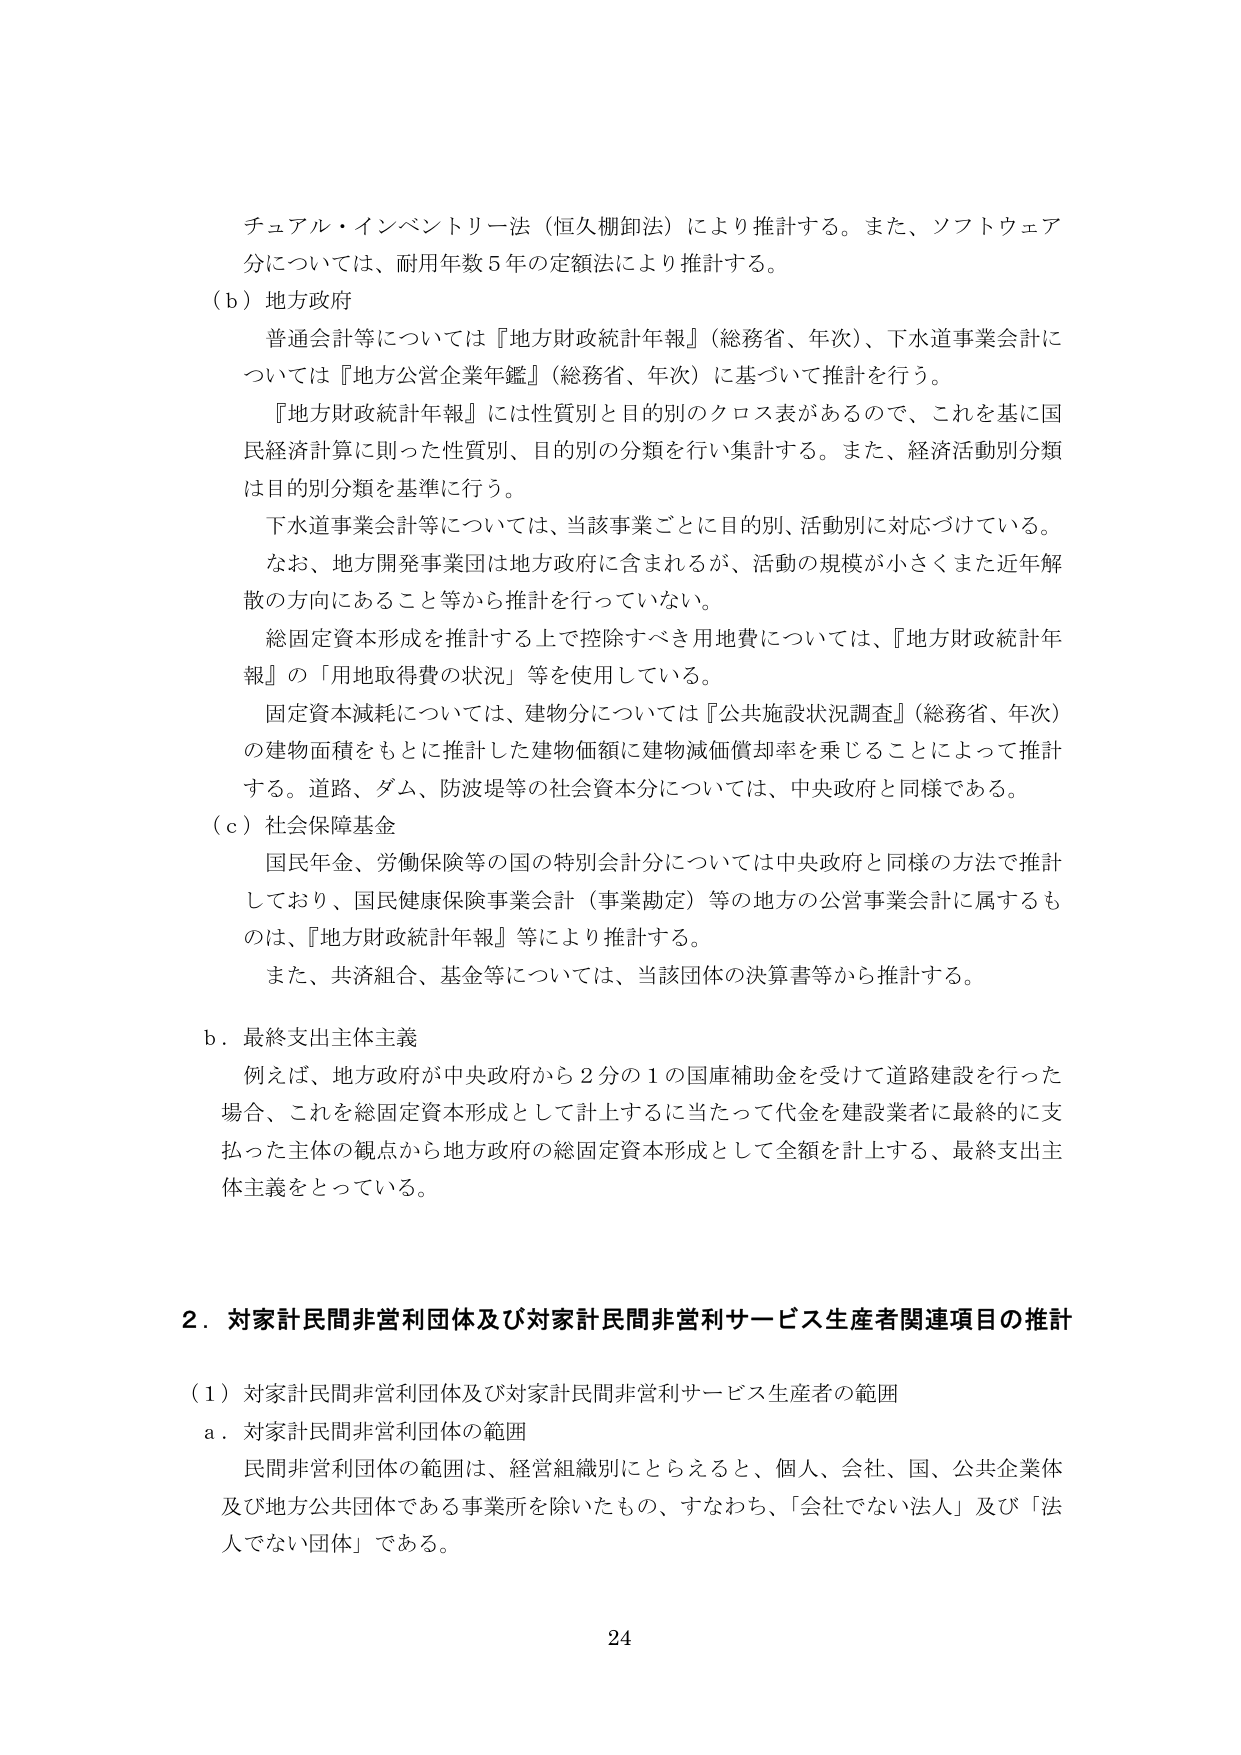
チュアル・インベントリ―法（恒久棚卸法）により推計する。また、ソフトウェア分については、耐用年数５年の定額法により推計する。

（ｂ）地方政府
普通会計等については『地方財政統計年報』（総務省、年次）、下水道事業会計については『地方公営企業年鑑』（総務省、年次）に基づいて推計を行う。
『地方財政統計年報』には性質別と目的別のクロス表があるので、これを基に国民経済計算に則った性質別、目的別の分類を行い集計する。また、経済活動別分類は目的別分類を基準に行う。
下水道事業会計等については、当該事業ごとに目的別、活動別に対応づけている。
なお、地方開発事業団は地方政府に含まれるが、活動の規模が小さくまた近年解散の方向にあること等から推計を行っていない。
総固定資本形成を推計する上で控除すべき用地費については、『地方財政統計年報』の「用地取得費の状況」等を使用している。
固定資本減耗については、建物分については『公共施設状況調査』（総務省、年次）の建物面積をもとに推計した建物価額に建物減価償却率を乗じることによって推計する。道路、ダム、防波堤等の社会資本分については、中央政府と同様である。

（ｃ）社会保障基金
国民年金、労働保険等の国の特別会計分については中央政府と同様の方法で推計しており、国民健康保険事業会計（事業勘定）等の地方の公営事業会計に属するものは、『地方財政統計年報』等により推計する。
また、共済組合、基金等については、当該団体の決算書等から推計する。

ｂ．最終支出主体主義
例えば、地方政府が中央政府から２分の１の国庫補助金を受けて道路建設を行った場合、これを総固定資本形成として計上するに当たって代金を建設業者に最終的に支払った主体の観点から地方政府の総固定資本形成として全額を計上する、最終支出主体主義をとっている。

２．対家計民間非営利団体及び対家計民間非営利サービス生産者関連項目の推計

（１）対家計民間非営利団体及び対家計民間非営利サービス生産者の範囲
ａ．対家計民間非営利団体の範囲
民間非営利団体の範囲は、経営組織別にとらえると、個人、会社、国、公共企業体及び地方公共団体である事業所を除いたもの、すなわち、「会社でない法人」及び「法人でない団体」である。

24